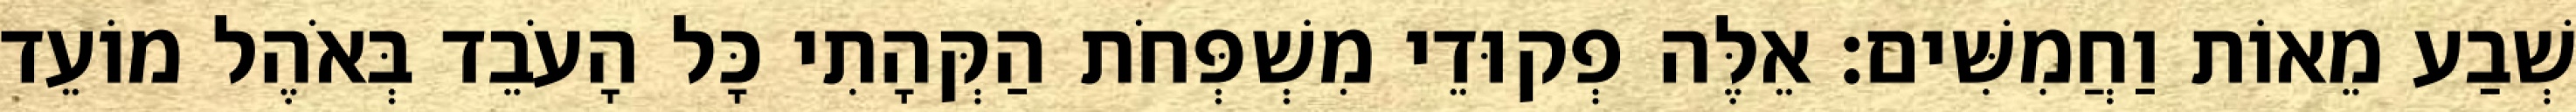
שְׁבַע מֵאוֹת וַחֲמִשִּׁים׃ אֵלֶּה פְקוּדֵי מִשְׁפְּחֹת הַקְּהָתִי כָּל הָעֹבֵד בְּאֹהֶל מוֹעֵד